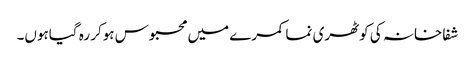
شفاخانہ کی کوٹھری نما کمرے میں محبوس ہوکر رہ گیاہوں۔